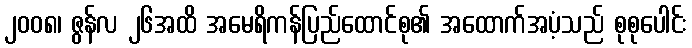
၂၀၀၈၊ ဇွန်လ ၂၆အထိ အမေရိကန်ပြည်ထောင်စု၏ အထောက်အပံ့သည် စုစုပေါင်း